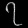
Digit: ၇